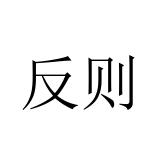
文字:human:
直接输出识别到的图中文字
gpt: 反则